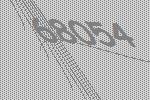
68054